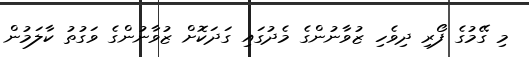
މި ގޭމުގެ ފޯރި ދިވެހި ޒުވާނުންގެ މެދުގައި ގަދަކޮށް ޒުވާނުންގެ ވަގުތު ކާލަމުން